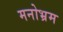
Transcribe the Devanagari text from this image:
मनोभ्रम